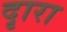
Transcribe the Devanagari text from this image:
दृारा